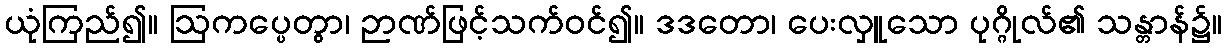
ယုံကြည်၍။ ဩကပ္ပေတွာ၊ ဉာဏ်ဖြင့်သက်ဝင်၍။ ဒဒတော၊ ပေးလှူသော ပုဂ္ဂိုလ်၏ သန္တာန်၌။